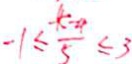
- 1 \leq \frac { - k - a } { 5 } \leq 3